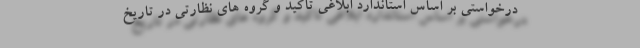
درخواستی بر اساس استاندارد ابلاغی تاکید و گروه های نظارتی در تاریخ